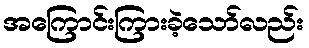
အကြောင်းကြားခဲ့သော်လည်း